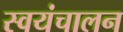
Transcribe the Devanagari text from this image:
स्वयंचालन